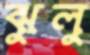
ঝুলু